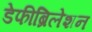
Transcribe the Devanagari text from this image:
डेफीब्रिलेशन